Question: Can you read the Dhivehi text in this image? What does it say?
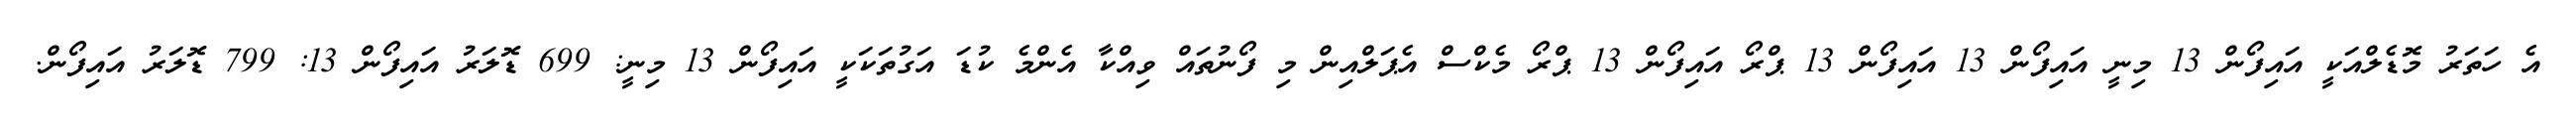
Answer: އެ ހަތަރު މޮޑެލްއަކީ އައިފޯން 13 މިނީ އައިފޯން 13 އައިފޯން 13 ޕްރޯ އައިފޯން 13 ޕްރޯ މެކްސް އެޕަލްއިން މި ފޯނުތައް ވިއްކާ އެންމެ ކުޑަ އަގުތަކަކީ އައިފޯން 13 މިނީ: 699 ޑޮލަރު އައިފޯން 13: 799 ޑޮލަރު އައިފޯން.